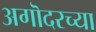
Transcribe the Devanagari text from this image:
अगॊदरच्या